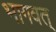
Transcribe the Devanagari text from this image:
भागवत्‌